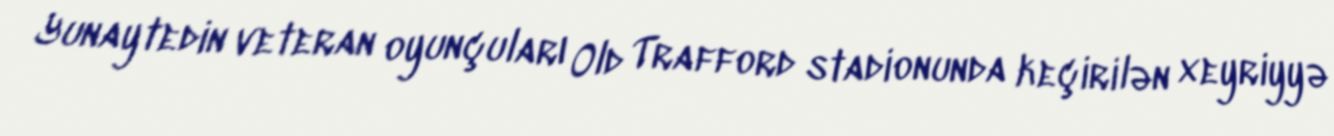
Yunaytedin veteran oyunçuları Old Trafford stadionunda keçirilən xeyriyyə